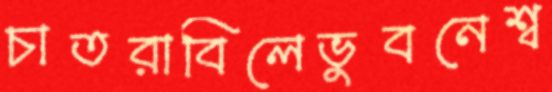
চাতরাবিলেভুবনেশ্ব